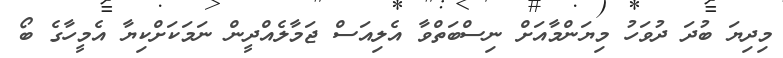
މިދިޔަ ބުދަ ދުވަހު މިޔަންމާއަށް ނިސްބަތްވާ އެލިއަސް ޖަމާލެއްދީން ނަމަކަށްކިޔާ އެމީހާގެ ބޯ